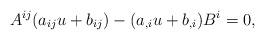
LaTeX: \begin{align*}A^{ij}(a_{ij}u+b_{ij})-(a_{,i}u+b_{,i})B^{i}=0, \end{align*}